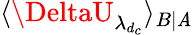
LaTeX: \langle\DeltaU_{\lambda_{d_{c}}}\rangle_{B|\mathit{A}}